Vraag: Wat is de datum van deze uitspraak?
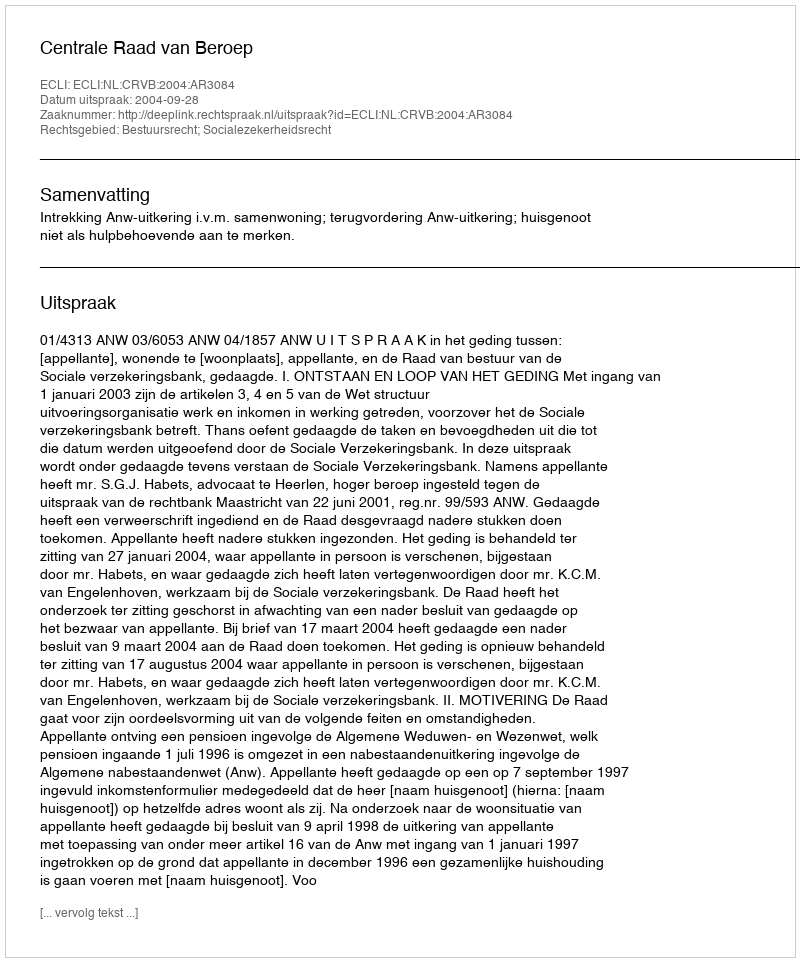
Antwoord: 2004-09-28